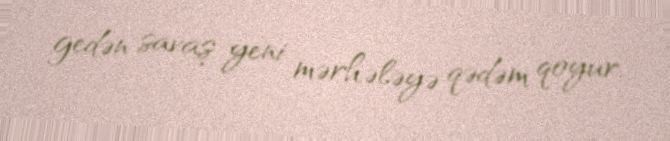
gedən savaş yeni mərhələyə qədəm qoyur.